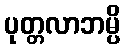
ပုတ္တလာဘမ္ပိ